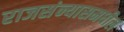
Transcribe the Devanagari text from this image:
राजसंन्यासमधील